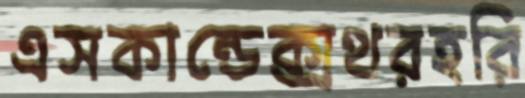
এসকান্ডেক্সথরহরি